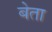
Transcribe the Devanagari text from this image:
बेता